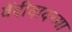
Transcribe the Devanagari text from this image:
वेंदीदादच्या